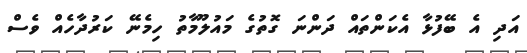
އަދި އެ ބޭފުޅާ އެކަންތައް ދަންނަ ގޮތުގެ މައުލޫމާތު ހިމެނޭ ކަރުދާހެއް ވެސް